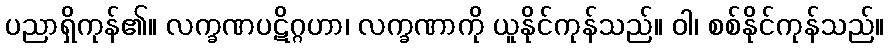
ပညာရှိကုန်၏။ လက္ခဏပဋိဂ္ဂဟာ၊ လက္ခဏာကို ယူနိုင်ကုန်သည်။ ဝါ၊ စစ်နိုင်ကုန်သည်။